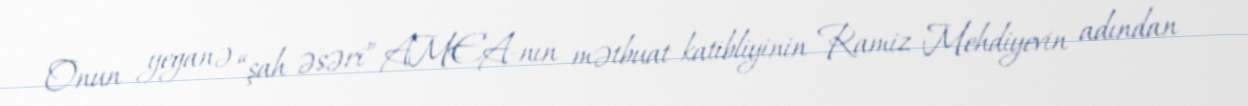
Onun yeganə “şah əsəri” AMEA-nın mətbuat katibliyinin Ramiz Mehdiyevin adından